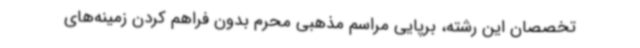
تخصصان این رشته، برپایی مراسم مذهبی محرم بدون فراهم کردن زمینه‌های